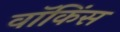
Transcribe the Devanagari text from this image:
वॉकिंस